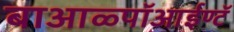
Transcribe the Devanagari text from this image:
बाआळ्पॉआईण्टॅ